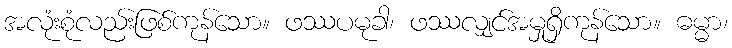
အလုံးစုံလည်းဖြစ်ကုန်သော။ ဖဿပမုခါ၊ ဖဿလျှင်အမှုရှိကုန်သော။ ဓမ္မာ၊